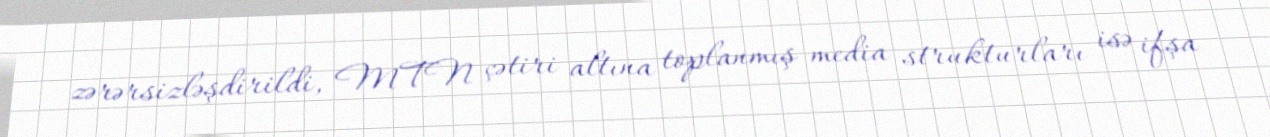
zərərsizləşdirildi, MTN çətiri altına toplanmış media strukturları isə ifşa